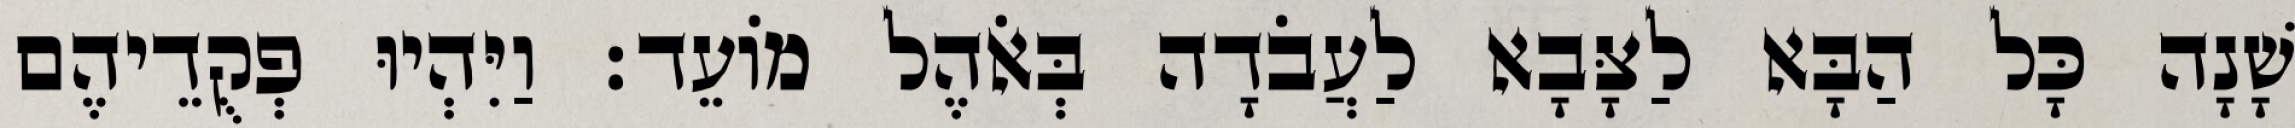
שָׁנָה כָּל הַבָּא לַצָּבָא לַעֲבֹדָה בְּאֹהֶל מוֹעֵד׃ וַיִּהְיוּ פְקֻדֵיהֶם